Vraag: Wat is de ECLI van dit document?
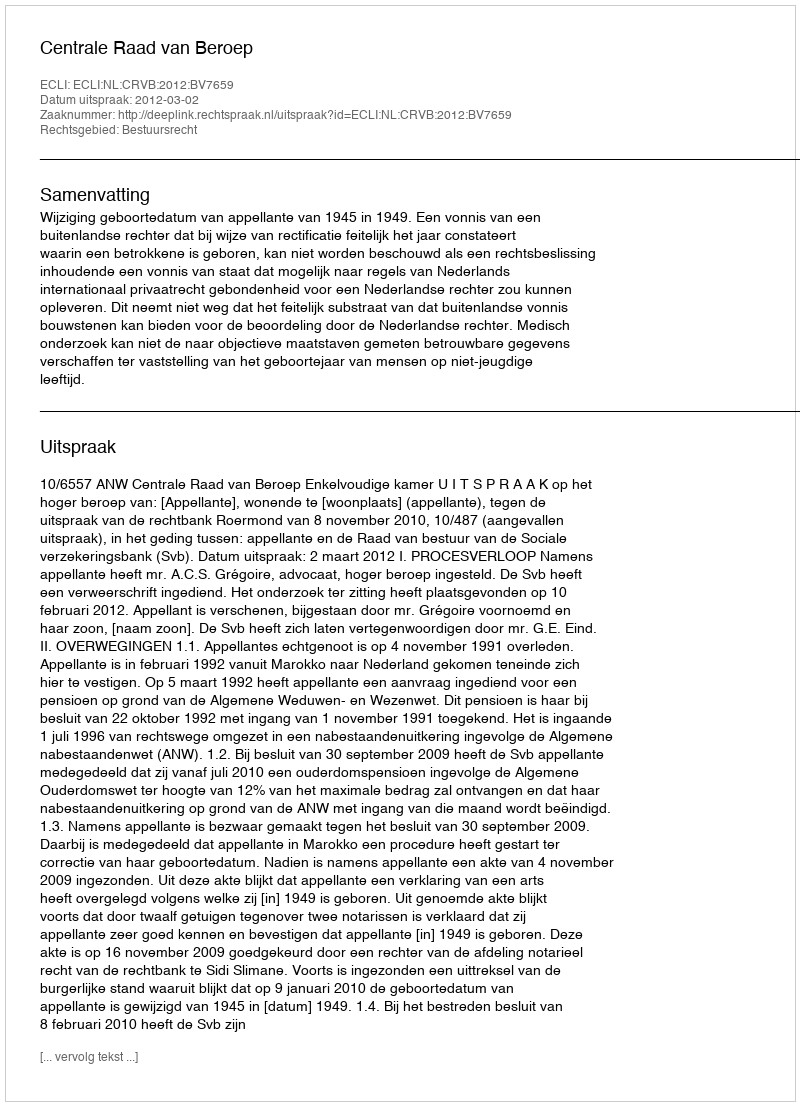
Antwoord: ECLI:NL:CRVB:2012:BV7659